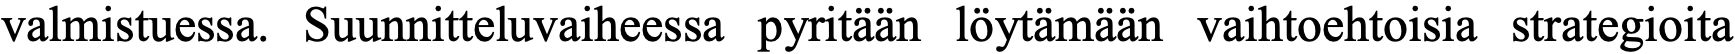
valmistuessa. Suunnitteluvaiheessa pyritään löytämään vaihtoehtoisia strategioita